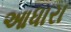
આધારા